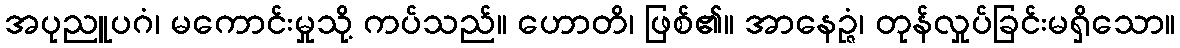
အပုညူပဂံ၊ မကောင်းမှုသို့ ကပ်သည်။ ဟောတိ၊ ဖြစ်၏။ အာနေဉ္ဇံ၊ တုန်လှုပ်ခြင်းမရှိသော။